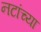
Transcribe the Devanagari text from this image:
नटांच्या